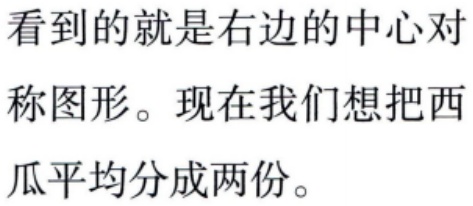
看到的就是右边的中心对

称图形。现在我们想把西

瓜平均分成两份。